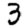
Digit: 3